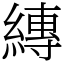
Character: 縳